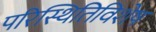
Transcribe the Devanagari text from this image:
परिस्थितिविशेष